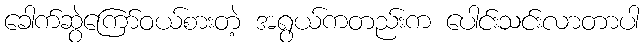
ခေါက်ဆွဲကြော်ဝယ်စားတဲ့ အရွယ်ကတည်းက ပေါင်းသင်းလာတာပါ